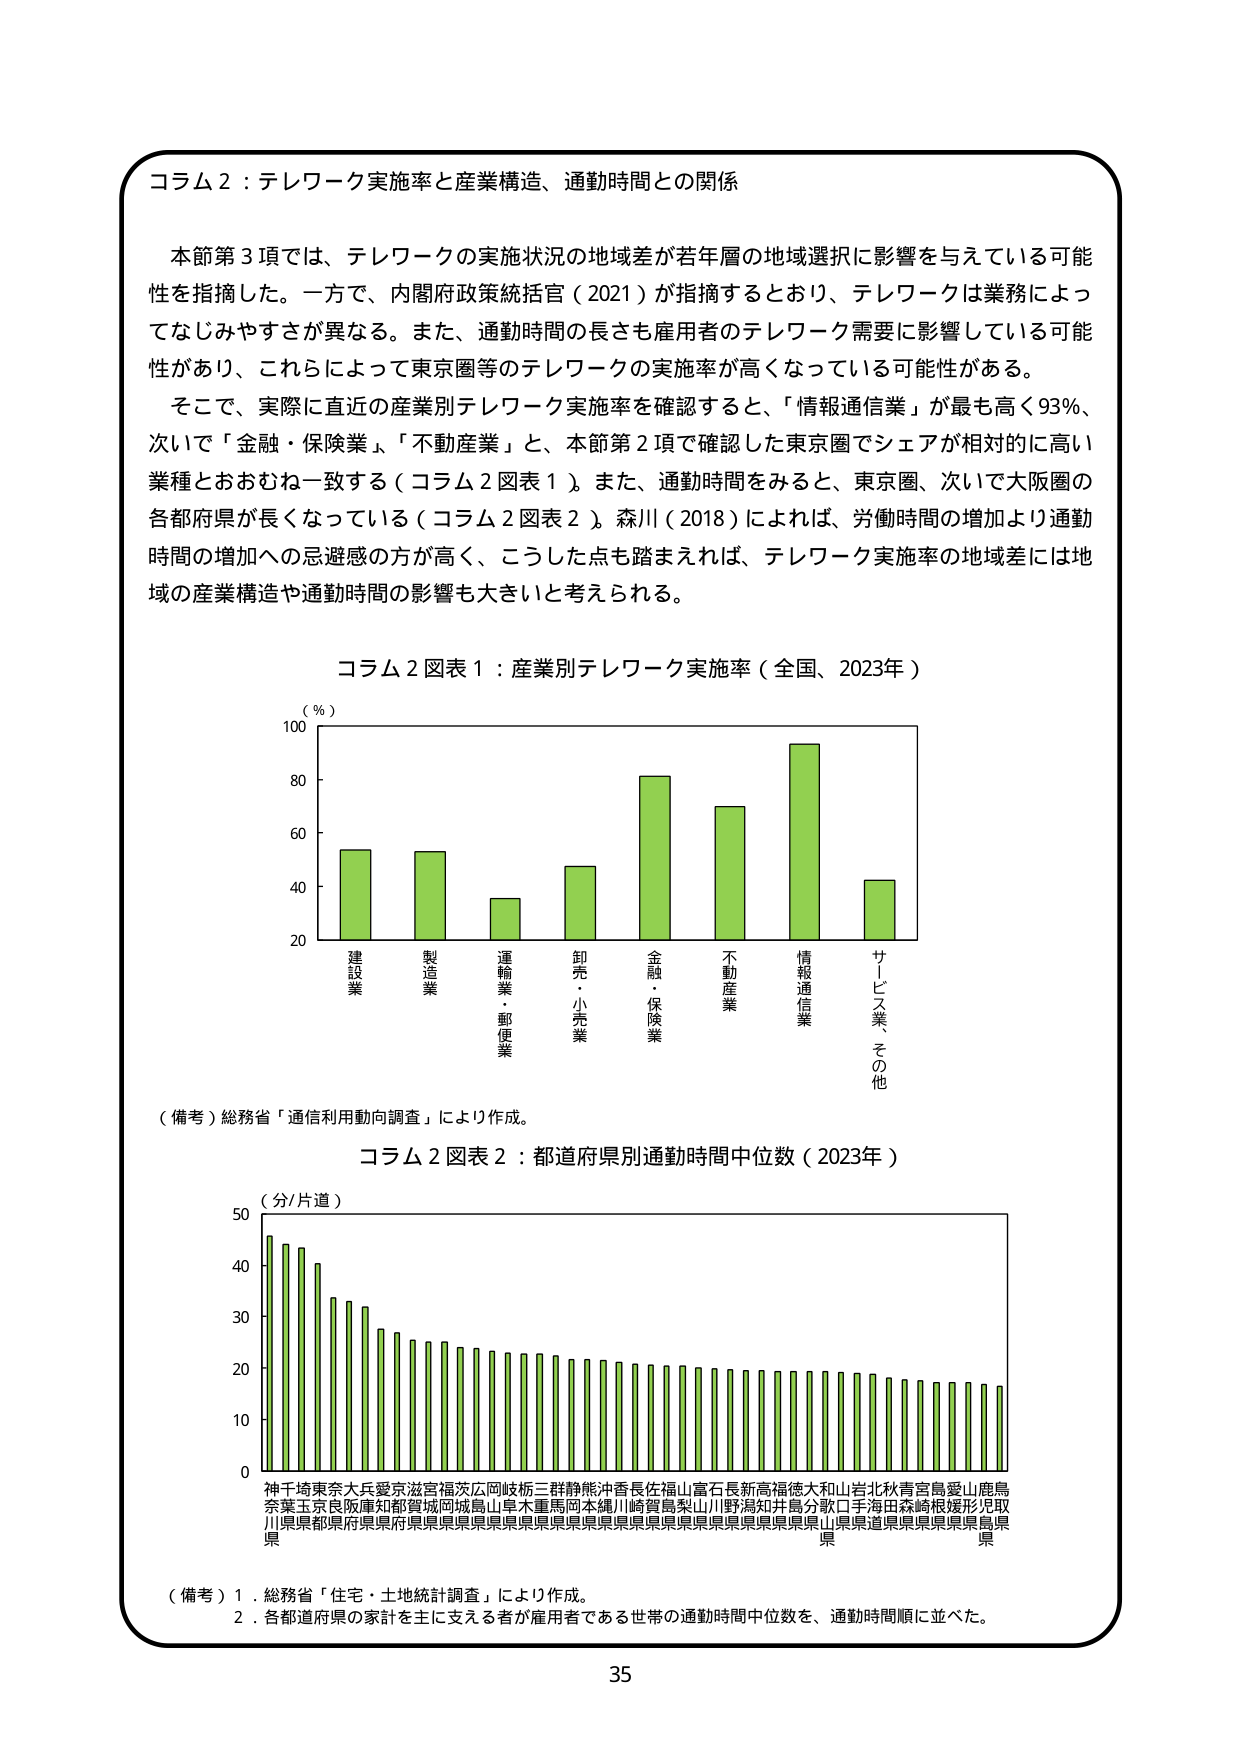
コラム２：テレワーク実施率と産業構造、通勤時間との関係

本節第３項では、テレワークの実施状況の地域差が若年層の地域選択に影響を与えている可能性を指摘した。一方で、内閣府政策統括官（2021）が指摘するとおり、テレワークは業務によってなじみやすさが異なる。また、通勤時間の長さも雇用者のテレワーク需要に影響している可能性があり、これらによって東京圏等のテレワークの実施率が高くなっている可能性がある。

そこで、実際に直近の産業別テレワーク実施率を確認すると、「情報通信業」が最も高く93％、次いで「金融・保険業」、「不動産業」、本節第２項で確認した東京圏でシェアが相対的に高い業種とおおむね一致する（コラム２図表１）。また、通勤時間を見ると、東京圏、次いで大阪圏の各都府県が長くなっている（コラム２図表２）。森川（2018）によれば、労働時間の増加より通勤時間の増加への忌避感の方が高く、こうした点も踏まえれば、テレワーク実施率の地域差には地域の産業構造や通勤時間の影響も大きいと考えられる。

コラム２図表１：産業別テレワーク実施率（全国、2023年）

（％）
100
80
60
40
20

建設業
製造業
運輸業・郵便業
卸売・小売業
金融・保険業
不動産業
情報通信業
サービス業、その他

（備考）総務省「通信利用動向調査」により作成。

コラム２図表２：都道府県別通勤時間中位数（2023年）

（分/片道）
50
40
30
20
10
0

神奈川県
千葉県
埼玉県
東京都
奈良県
兵庫県
愛知県
京都府
滋賀県
福井県
茨城県
岡山県
岐阜県
三重県
静岡県
熊本県
沖縄県
香川県
長野県
佐賀県
福島県
山形県
富山県
石川県
長崎県
新潟県
高知県
福岡県
徳島県
大分県
和歌山県
山口県
岩手県
北海道
秋田県
青森県
宮城県
鳥取県
愛媛県
山梨県
鹿児島県
奈良県
京都府
兵庫県
愛知県
滋賀県
福井県
茨城県
岡山県
岐阜県
三重県
静岡県
熊本県
沖縄県
香川県
長野県
佐賀県
福島県
山形県
富山県
石川県
長崎県
新潟県
高知県
福岡県
徳島県
大分県
和歌山県
山口県
岩手県
北海道
秋田県
青森県
宮城県
鳥取県
愛媛県
山梨県
鹿児島県

（備考）１．総務省「住宅・土地統計調査」により作成。
　　　２．各都道府県の家計を主に支える者が雇用者である世帯の通勤時間中位数を、通勤時間順に並べた。

35